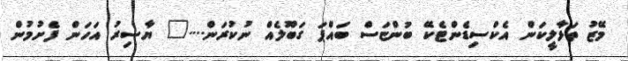
މޭޒު ތަޅާލީކަން އެކްސިޑެންޓެކޭ ބުންޏަސް ބައްޕަ ގަބޫލެއް ނުކުރަން...." ޔާސިރު އަހަން ފެށުމުން